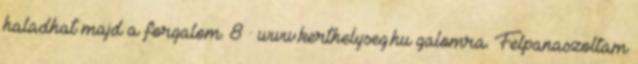
haladhat majd a forgalom. 8 · www.kerthelyseg.hu galomra. Felpanaszoltam